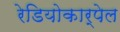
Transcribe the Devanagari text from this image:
रेडियोकार्पेल